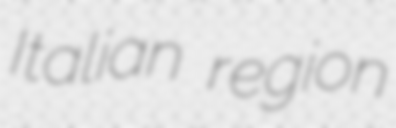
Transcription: Italian region